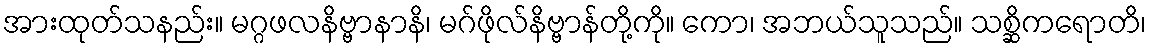
အားထုတ်သနည်း။ မဂ္ဂဖလနိဗ္ဗာနာနိ၊ မဂ်ဖိုလ်နိဗ္ဗာန်တို့ကို။ ကော၊ အဘယ်သူသည်။ သစ္ဆိကရောတိ၊